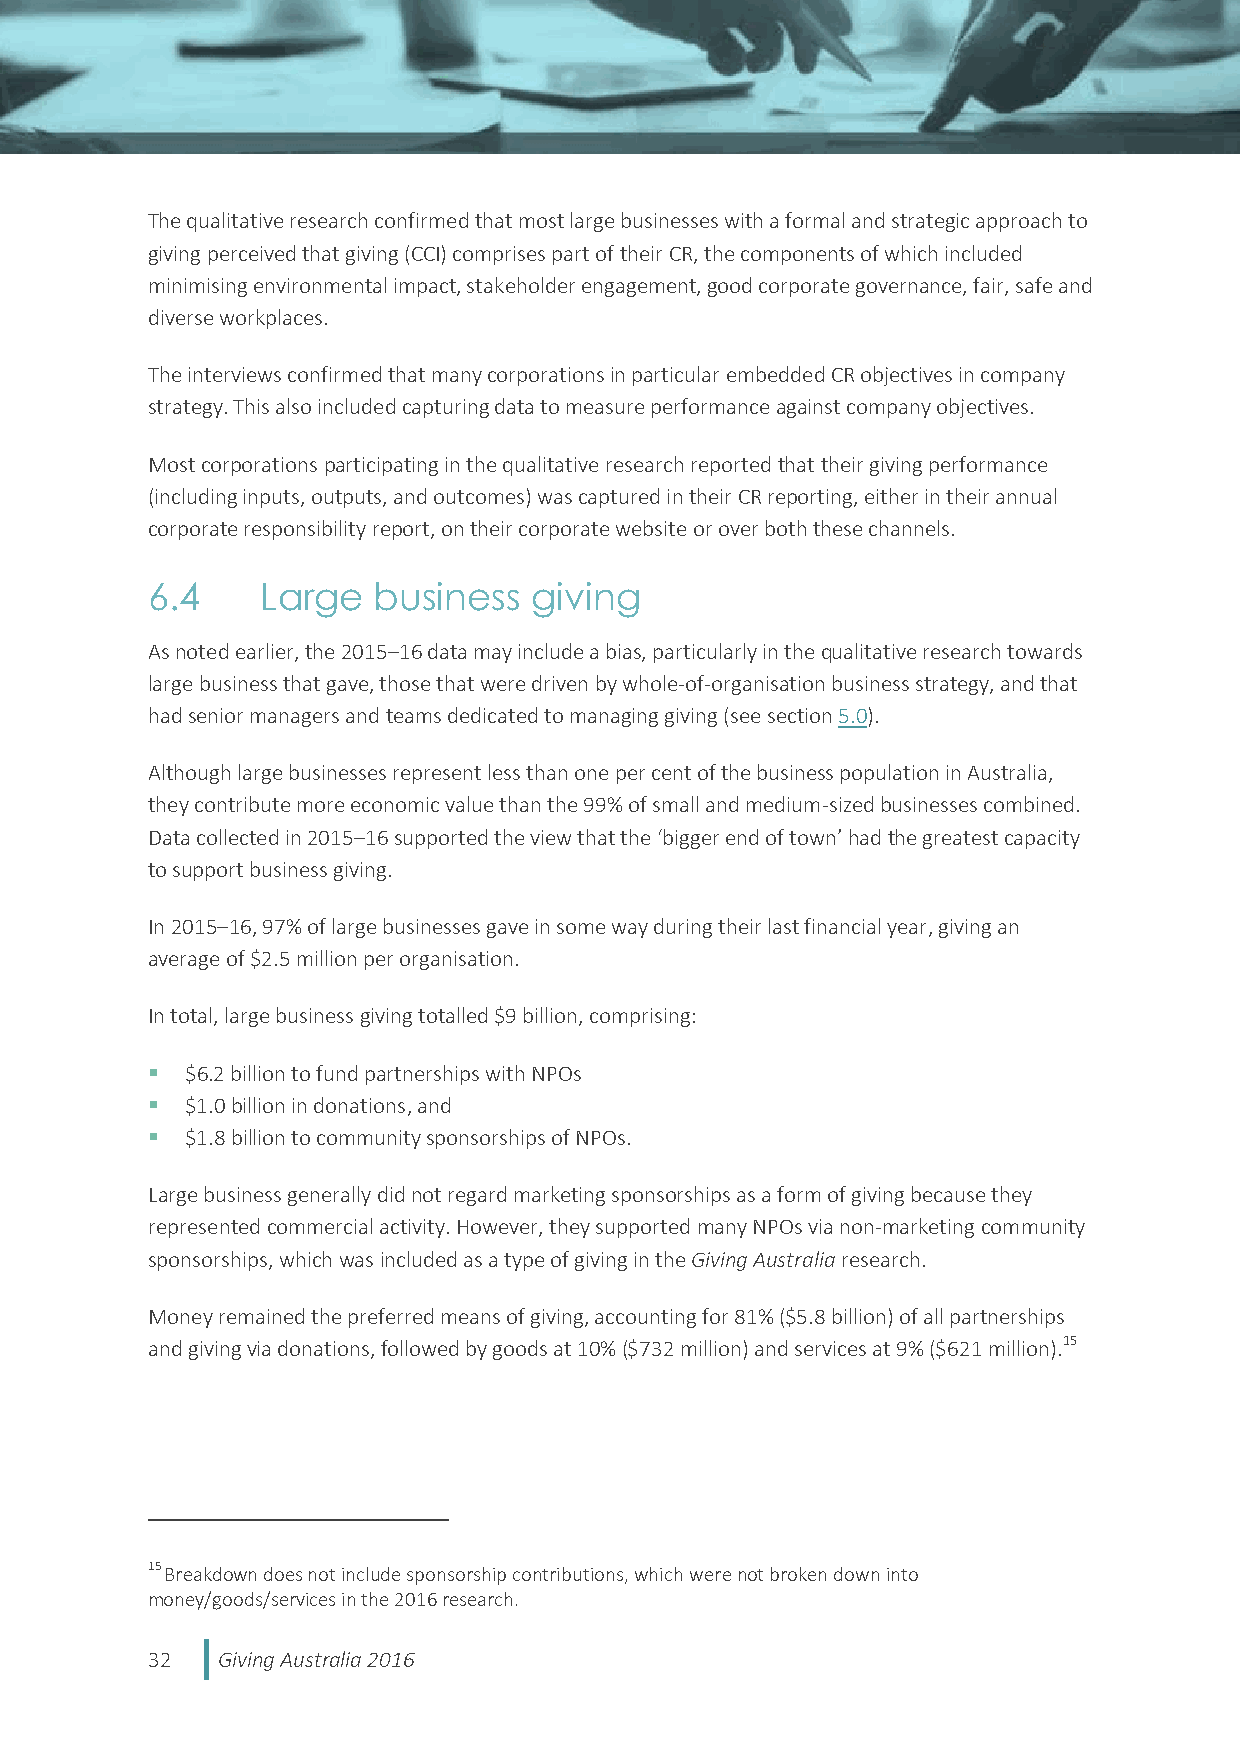
The qualitative research confirmed that most large businesses with a formal and strategic approach to
 giving perceived that giving (CCI) comprises part of their CR, the components of which included
 minimising environmental impact, stakeholder engagement, good corporate governance, fair, safe and
 diverse workplaces.
 The interviews confirmed that many corporations in particular embedded CR objectives in company
 strategy. This also included capturing data to measure performance against company objectives.
 Most corporations participating in the qualitative research reported that their giving performance
 (including inputs, outputs, and outcomes) was captured in their CR reporting, either in their annual
 corporate responsibility report, on their corporate website or over both these channels.
 6.4    Large   business  giving
 As noted earlier, the 2015–16 data may include a bias, particularly in the qualitative research towards
 large business that gave, those that were driven by whole-of-organisation business strategy, and that
 had senior managers and teams dedicated to managing giving (see section 5.0).
 Although large businesses represent less than one per cent of the business population in Australia,
 they contribute more economic value than the 99% of small and medium-sized businesses combined.
 Data collected in 2015–16 supported the view that the ‘bigger end of town’ had the greatest capacity
 to support business giving.
 In 2015–16, 97% of large businesses gave in some way during their last financial year, giving an
 average of $2.5 million per organisation.
 In total, large business giving totalled $9 billion, comprising:
  $6.2 billion to fund partnerships with NPOs
  $1.0 billion in donations, and
  $1.8 billion to community sponsorships of NPOs.
 Large business generally did not regard marketing sponsorships as a form of giving because they
 represented commercial activity. However, they supported many NPOs via non-marketing community
 sponsorships, which was included as a type of giving in the Giving Australia research.
 Money remained the preferred means of giving, accounting for 81% ($5.8 billion) of all partnerships
 and giving via donations, followed by goods at 10% ($732 million) and services at 9% ($621 million).15
 15 Breakdown does not include sponsorship contributions, which were not broken down into
 money/goods/services in the 2016 research.
 32  Giving Australia 2016